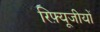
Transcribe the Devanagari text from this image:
रिफ़्यूजीयों